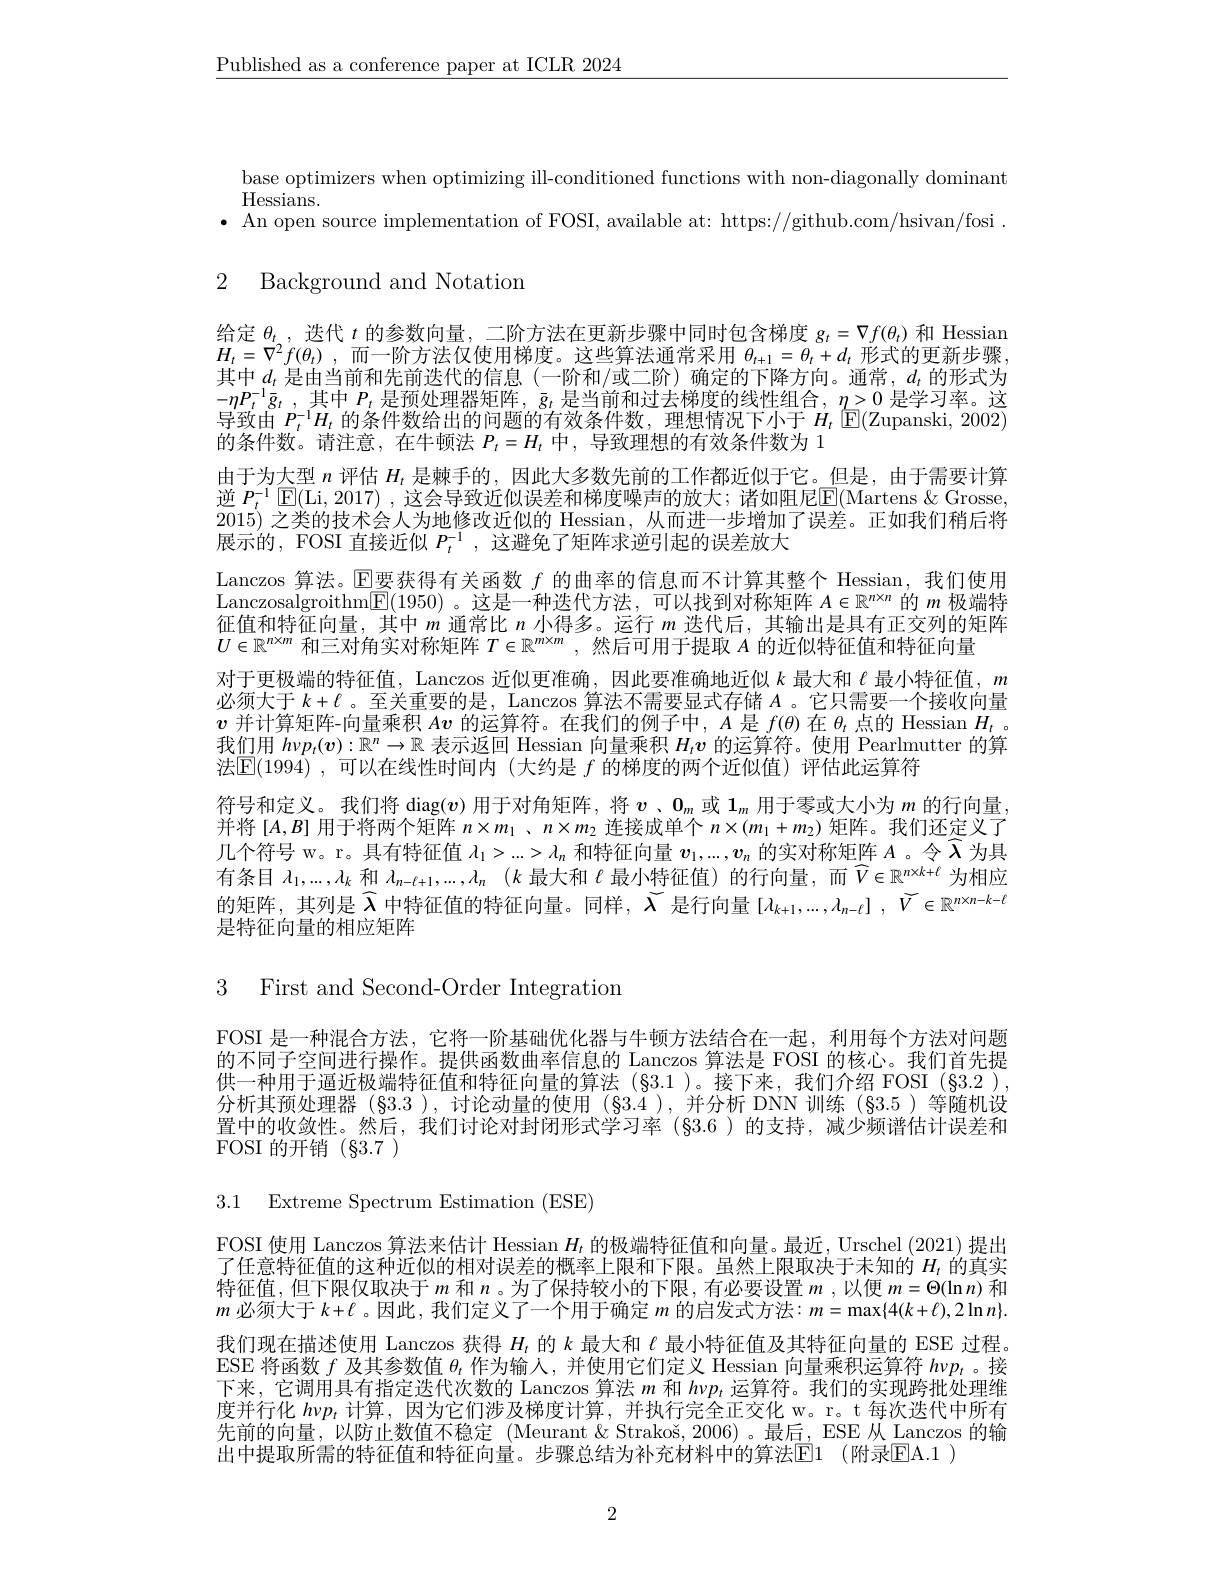
$\underline{\text{Published as a conference paper at ICLR 2024}}$

base optimizers when optimizing ill-conditioned functions with non-diagonally dominant
Hessians.
$\bullet$ An open source implementation of FOSI, available at: https://github.com/hsivan/fosi .

2 Background and Notation

给定$\theta_t$,迭代$t$的参数向量，二阶方法在更新步骤中同时包含梯度$g_t=\nabla f(\theta_t)$和 Hessian $H_t= \nabla ^2f( \theta _t)$ ,而一阶方法仅使用梯度。这些算法通常采用 $\theta_t+1=\theta_t+d_t$ 形式的更新步骤， 其中$d_t$是由当前和先前迭代的信息(一阶和/或二阶)确定的下降方向。通常，$d_t$的形式为$- \eta P_{t}^{- 1}\bar{g} _{t}$ ,其中$P_t$是预处理器矩阵，$\bar{g}_t$是当前和过去梯度的线性组合，$\eta>0$是学习率。这导致由$P_t^{-1}H_t$的条件数给出的问题的有效条件数，理想情况下小于$H_t$ $\boxed{\mathrm{E}}($Zupanski, 2002) 的条件数。请注意，在牛顿法$P_t=H_t$中，导致理想的有效条件数为 1
由于为大型$n$评估$H_t$是棘手的，因此大多数先前的工作都近似于它。但是，由于需要计算逆 $P_t^{-1}\operatorname{E}($Li,2017) ,这会导致近似误差和梯度噪声的放大；诸如阻尼$\operatorname{E}($Martens $\&$ Grosse, 2015) 之类的技术会人为地修改近似的 Hessian, 从而进一步增加了误差。正如我们稍后将展示的，FOSI 直接近似$P_t^{-1}$,这避免了矩阵求逆引起的误差放大
Lanczos 算法。$\operatorname{E\text{要获得有关函数 }f\text{ 的曲率的信息而不计算其整个 Hessian,我们使用}}$ Lanczosalgroithm$\boxed{\mathbb{E}}(1950)$ 。这是一种迭代方法，可以找到对称矩阵$A\in\mathbb{R}^n\times n$的$m$极端特征值和特征向量，其中$m$通常比$n$小得多。运行$m$迭代后，其输出是具有正交列的矩阵$U\in\mathbb{R}^{n\times m}$和三对角实对称矩阵$T\in\mathbb{R}^m\times m$ ,然后可用于提取$A$的近似特征值和特征向量
对于更极端的特征值，Lanczos 近似更准确，因此要准确地近似$k$最大和$\ell$最小特征值，$m$ 必须大于$k+\ell$ 。至关重要的是，Lanczos 算法不需要显式存储$A$ 。它只需要一个接收向量$v$并计算矩阵-向量乘积$A\boldsymbol{v}$的运算符。在我们的例子中，$A$是$f(\theta)$在$\theta_t$点的 Hessian $H_t$ 。我们用$h\nu p_t(\boldsymbol{v}):\mathbb{R}^n\to\mathbb{R}$表示返回 Hessian 向量乘积$H_tv$的运算符。使用 Pearlmutter 的算法$\boxed{\mathrm{E}}(1994)$,可以在线性时间内 (大约是 $f$ 的梯度的两个近似值)评估此运算符
符号和定义。我们将 diag$(\boldsymbol{v})$用于对角矩阵，将$\boldsymbol v$、$0_m$或$1_m$用于零或大小为$m$的行向量并将$[A,B]$用于将两个矩阵$n\times m_1$ 、$n\times m_2$连接成单个$n\times(m_1+m_2)$矩阵。我们还定义了几个符号 w。r。具有特征值$\lambda_1>...>\lambda_n$和特征向量$v_1,...,v_n$的实对称矩阵$A$ 。令$\lambda$为具有条目$\lambda_1,...,\lambda_k$和$\lambda _{n- \ell + 1}, . . . , \lambda _n$ $( k$最大和$\ell$最小特征值)的行向量，而$\widehat{V}\in\mathbb{R}^{n\times k+\ell}$为相应的 矩 阵 , 其 列 是 $\widehat{\lambda }$ 中 特 征 值 的 特 征 向 量 。同 样 , $\widetilde{\lambda }$ 是 行 向 量 $[ \lambda _{k+ 1}, . . . , \lambda _{n- \ell }]$ $, \widetilde{V} \in \mathbb{R} ^{n\times n- k- \ell }$ 是特征向量的相应矩阵

3 First and Second-Order Integration

FOSI 是一种混合方法，它将一阶基础优化器与牛顿方法结合在一起，利用每个方法对问题的不同子空间进行操作。提供函数曲率信息的 Lanczos 算法是 FOSI 的核心。我们首先提供一种用于逼近极端特征值和特征向量的算法(§3.1 )。接下来，我们介绍 FOSI(§3.2 ). 分析其预处理器 (§3.3 ),讨论动量的使用 (§3.4 ),并分析 DNN 训练 (§3.5 )等随机设置中的收敛性。然后，我们讨论对封闭形式学习率 (§3.6 )的支持，减少频谱估计误差和FOSI 的开销(§3.7)

3.1 Extreme Spectrum Estimation (ESE)

FOSI 使用 Lanczos 算法来估计 Hessian $H_t$的极端特征值和向量。最近，Urschel (2021) 提出了任意特征值的这种近似的相对误差的概率上限和下限。虽然上限取决于未知的$H_t$的真实特征值，但下限仅取决于$m$ 和$n$。为了保持较小的下限，有必要设置$m$ ,以便 $m=\Theta(\ln n)$ 和$m$必须大于$k+\ell$ 。因此 , 我们定义了一个用于确定$m$的启发式方法$:m=\max\{4(k+\ell),2\ln n\}.$ 我们现在描述使用 Lanczos 获得$H_t$的$k$最大和$\ell$最小特征值及其特征向量的 ESE 过程。ESE 将函数$f$及其参数值$\theta_t$作为输人，并使用它们定义 Hessian 向量乘积运算符$h\nu p_t$ 。接下来，它调用具有指定迭代次数的 Lanczos 算法$m$和$h\nu p_t$运算符。我们的实现跨批处理维度并行化$h\nu p_1$计算，因为它们涉及梯度计算，并执行完全正交化 w。r。t 每次迭代中所有先前的向量，以防止数值不稳定(Meurant&Strakoš,2006)。最后，ESE 从 Lanczos 的输出中提取所需的特征值和特征向量。步骤总结为补充材料中的算法E1 (附录EA. 1 )

2